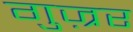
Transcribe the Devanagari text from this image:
गुज़्रर